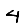
Digit: 4